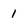
Character: 1